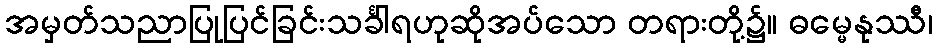
အမှတ်သညာပြုပြင်ခြင်းသင်္ခါရဟုဆိုအပ်သော တရားတို့၌။ ဓမ္မေနုဿီ၊